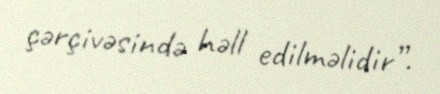
çərçivəsində həll edilməlidir”.